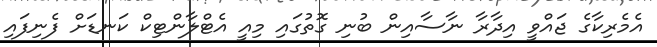
އެމެރިކާގެ ޖައްވީ އިދާރާ ނާސާއިން ބުނި ގޮތުގައި މިއީ އެޓްލާންޓިކް ކަނޑަށް ފެނިފައި